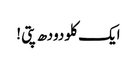
ایک کلو دودھ پتی !